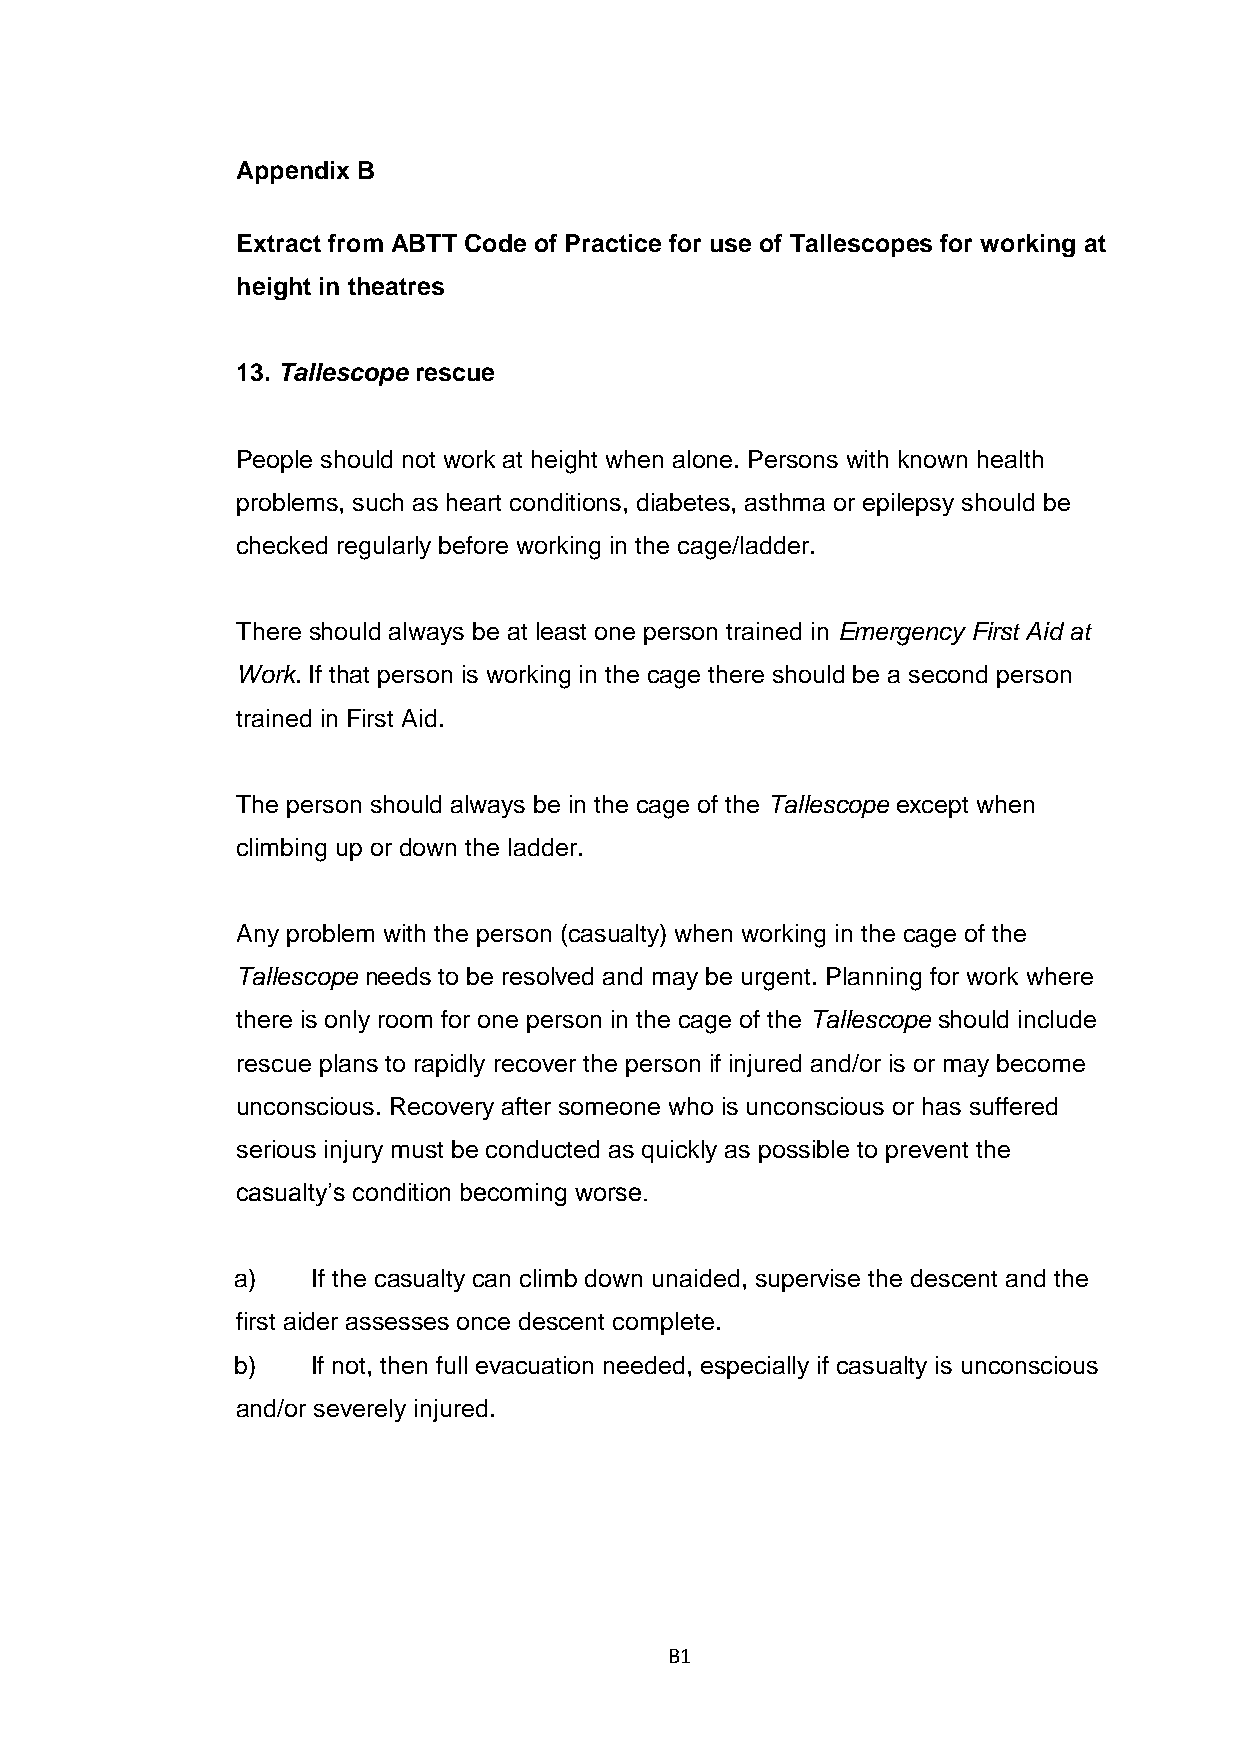
Appendix B
 Extract from ABTT Code of Practice for use of Tallescopes for working at
 height in theatres
 13. Tallescope rescue
 People should not work at height when alone. Persons with known health
 problems, such as heart conditions, diabetes, asthma or epilepsy should be
 checked regularly before working in the cage/ladder.
 There should always be at least one person trained in Emergency First Aid at
 Work. If that person is working in the cage there should be a second person
 trained in First Aid.
 The person should always be in the cage of the Tallescope except when
 climbing up or down the ladder.
 Any problem with the person (casualty) when working in the cage of the
 Tallescope needs to be resolved and may be urgent. Planning for work where
 there is only room for one person in the cage of the Tallescope should include
 rescue plans to rapidly recover the person if injured and/or is or may become
 unconscious. Recovery after someone who is unconscious or has suffered
 serious injury must be conducted as quickly as possible to prevent the
 casualty’s condition becoming worse.
 a)    If the casualty can climb down unaided, supervise the descent and the
 first aider assesses once descent complete.
 b)    If not, then full evacuation needed, especially if casualty is unconscious
 and/or severely injured.
 B1